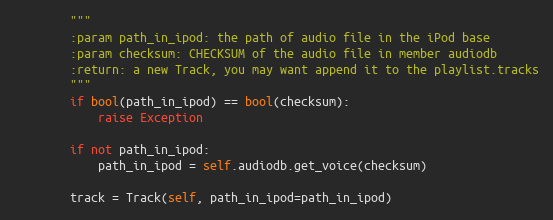
Language: Python
        """
        :param path_in_ipod: the path of audio file in the iPod base
        :param checksum: CHECKSUM of the audio file in member audiodb
        :return: a new Track, you may want append it to the playlist.tracks
        """
        if bool(path_in_ipod) == bool(checksum):
            raise Exception

        if not path_in_ipod:
            path_in_ipod = self.audiodb.get_voice(checksum)

        track = Track(self, path_in_ipod=path_in_ipod)